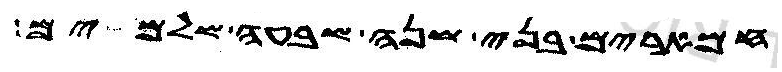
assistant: חמארים בני שנה שבעה שלמים